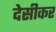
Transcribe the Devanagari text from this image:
देसीकर